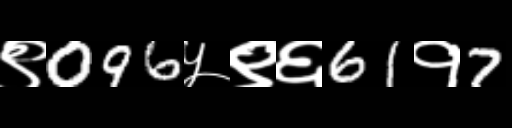
Text: ९096५९६61१7